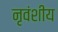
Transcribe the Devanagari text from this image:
नृवंशीय